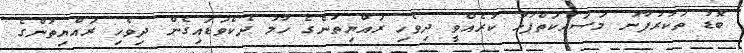
ބޮޑު ތަކުރުފާނު މަސައްކަތްޕުޅު ކުރެއްވީ ދިވެހި ރައްޔިތުންގެ ހާލު ދެކެވަޑައިގެން ދިވެހި ރައްޔިތުންގެ